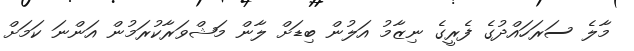
މާލެ ސަރަހައްދުގެ ފެރީގެ ނިޒާމު އަލުން ބިޑަށް ލާން މަޝްވަރާކުރަމުން އަންނަ ކަމަށް